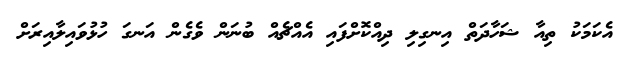
އެކަމަކު ތިއާ ޝަހާދަތް އިނގިލި ދިއްކޮށްފައި އެއްޗެއް ބުނަން ވެގެން އަނގަ ހުޅުވައިލާއިރަށް